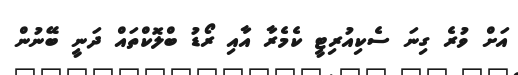
އަށް ވުރެ ގިނަ ސެކިއުރިޓީ ކެމެރާ އާއި ރޯޑު ބްލޮކްތައް ދަނީ ބޭނުން